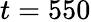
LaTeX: t=550